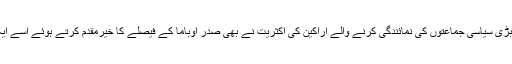
پاکستانی پارلیمان میں ملک کی بڑی سیاسی جماعتوں کی نمائندگی کرنے والے اراکین کی اکثریت نے بھی صدر اوباما کے فیصلے کا خیرمقدم کرتے ہوئے اسے ایک مثبت پیش رفت قرار دیا ہے۔